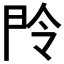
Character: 𬻴